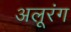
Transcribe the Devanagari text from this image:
अलूरंग